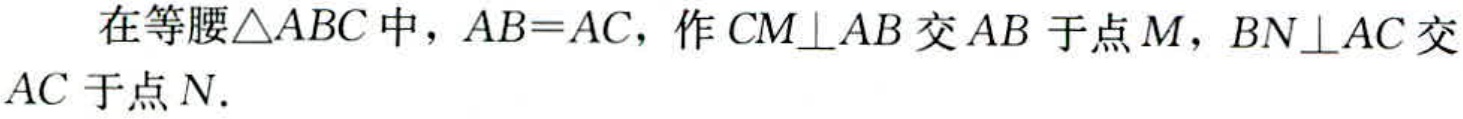
在等腰$\triangle ABC$中，$AB = AC$，作$CM\perp AB$交$AB$于点$M$，$BN\perp AC$交$AC$于点$N.$